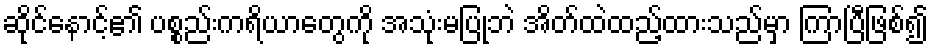
ဆိုင်နောင့်၏ ပစ္စည်းကရိယာတွေကို အသုံးမပြုဘဲ အိတ်ထဲထည့်ထားသည်မှာ ကြာပြီဖြစ်၍